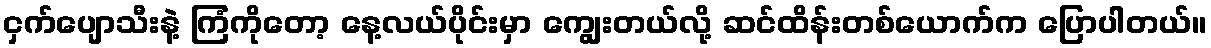
ငှက်ပျောသီးနဲ့ ကြံကိုတော့ နေ့လယ်ပိုင်းမှာ ကျွေးတယ်လို့ ဆင်ထိန်းတစ်ယောက်က ပြောပါတယ်။